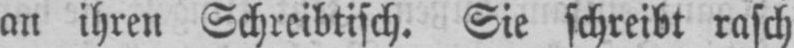
an ihren Schreibtisch. Sie schreibt rasch